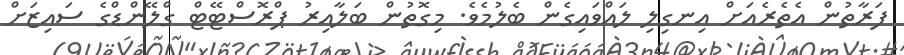
ފަރާތުން އެތެރެއަށް އިނގިލި ލައްވައިގެން ބެލުމެވެ. މިގޮތުން ބަލާއިރު ޕްރޮސްޓޭޓް ގްލޭންޑްގެ ސައިޒަށް